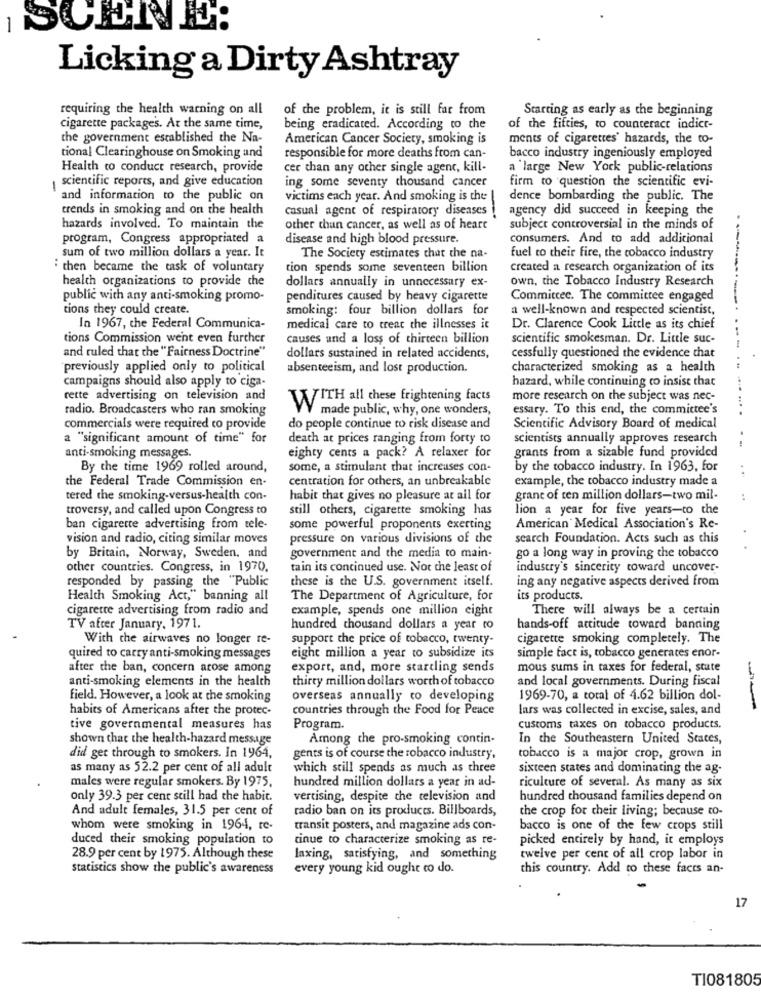
Licking a Dirty Ashtray
requiring the health warning on all
of the problem, it is still far from
Starting as early as the beginning
cigarette packages. At the same time,
being eradicated. According to the
of the fifties, to counteract indict-
the government established the Na-
American Cancer Society, smoking is
ments of cigarettes' hazards, the to-
tional Clearinghouse on Smoking and
responsible for more deaths from can-
bacco industry ingeniously employed
Health to conduct research, provide
cer than any other single agent, kill-
a large New York public-relations
scientific reports, and give education
ing some seventy thousand cancer
firm to question the scientific evi-
and information to the public on
victims each year. And smoking is the
dence bombarding the public. The
trends in smoking and on the health
casual agent of respiratory diseases
agency did succeed in keeping the
hazards involved. To maintain the
other chun cancer, as well as of heart
subject controversial in the minds of
program, Congress appropriated a
disease and high blood pressure.
consumers. And to add additional
sum of two million dollars a year. It
The Society estimates chat the na-
fuel to their fire, the tobacco industry
i then became the task of voluntary
tion spends some seventeen billion
created a research organization of its
health organizations to provide the
own, the Tobacco Industry Research
dollars annually in unnecessary ex-
public with any anti-smoking promo-
penditures caused by heavy cigarette
Committee. The committee engaged
tions they could create.
smoking: four billion dollars for
a well-known and respected scientist,
In 1967, the Federal Communica-
medical care to treat the illnesses it
Dr. Clarence Cook Little as its chief
tions Commission went even further
causes and a loss of thirteen billion
scientific smokesman. Dr. Little suc-
--
and ruled that the "Fairness Doctrine"
dollars sustained in related accidents,
cessfully questioned the evidence that
previously applied only to political
absenteeism, and lost production.
characterized smoking as a health
campaigns should also apply to ciga-
hazard, while continuing to insist that
rette advertising on television and
WITH all these frightening facts
more research on the subject was nec-
radio. Broadcasters who ran smoking
made public, why, one wonders,
essary. To this end, the committee's
commercials were required to provide
do people continue to risk disease and
Scientific Advisory Board of medical
a "significant amount of time" for
death at prices ranging from forty to
scientists annually approves research
...
grants from a sizable fund provided
anti-smoking messages.
eighty cents a pack? A relaxer for
By the time 1969 rolled around,
some, a stimulant that increases con-
by the tobacco industry. In 1963, for
the Federal Trade Commission en-
centration for others, an unbreakable
example, the tobacco industry made a
tered the smoking-versus-health con-
habit that gives no pleasure at all for
grane of ten million dollars-two mil-
..
troversy, and called upon Congress to
still others, cigarette smoking has
lion a year for five years-to the
ban cigarette advertising from tele-
some powerful proponents exerting
American Medical Association's Re-
vision and radio, citing similar moves
pressure on various divisions of the
search Foundation. Acts such as this
by Britain, Norway, Sweden, and
government and the media to main-
go a long way in proving the tobacco
other countries. Congress, in 1970.
tain its continued use. Not the least of
industry's sincerity toward uncover-
responded by passing the "Public
these is the U.S. government itself.
ing any negative aspects derived from
Health Smoking Act," banning all
The Department of Agriculture, for
its products.
cigarette advertising from radio and
example, spends one million eight
There will always be a certain
TV after January, 1971.
hundred thousand dollars a year to
hands-off attitude toward banning
With the airwaves no longer re-
support the price of tobacco, twenty-
cigarette smoking completely. The
simple fact is, tobacco generates enor-
quired to carry anti-smoking messages
eight million a year to subsidize its
after the ban, concern arose among
export, and, more startling sends
mous sums in taxes for federal, state
anti-smoking elements in the health
thirty million dollars worth of tobacco
and local governments. During fiscal
field. However, a look at the smoking
overseas annually co developing
1969-70, a total of 4.62 billion dol-
habits of Americans after the protec-
countries through the Food for Peace
lars was collected in excise, sales, and
tive governmental measures has
Program.
customs taxes on tobacco products.
shown that the health-hazard message
Among the pro-smoking contin-
In the Southeastern United States,
did get through to smokers. In 1964,
gents is of course the robacco industry,
tobacco is a major crop, grown in
as many as 52.2 per cent of all adult
which still spends as much as three
sixteen states and dominating the ag-
hundred million dollars a year in ad-
males were regular smokers. By 1975,
riculture of several. As many as six
only 39.3 per cent still had the habit.
vertising, despite the television and
hundred thousand families depend on
And adult females, 31.5 per cent of
radio ban on its products. Billboards,
the crop for their living; because to-
whom were smoking in 1964, re-
transit posters, and magazine ads con-
bacco is one of the few crops still
duced their smoking population to
tinue to characterize smoking as re-
picked entirely by hand, it employs
28.9 per cent by 1975. Although these
laxing, satisfying, and something
twelve per cent of all crop labor in
statistics show the public's awareness
every young kid ought to do.
this country. Add to these facts an-
17
TI081805